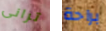
ترانى براحة